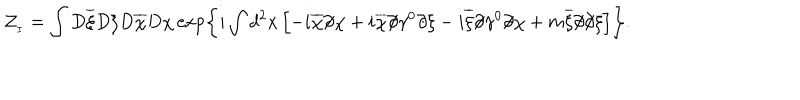
{ \cal Z } _ { _ I } = \int D \overline { { { \xi } } } D \xi D \overline { { { \chi } } } D \chi \exp \left\{ i \int d ^ { 2 } x \left[ - i \overline { { { \chi } } } \partial \! \! \! / \chi + i \overline { { { \chi } } } \partial \! \! \! / \gamma ^ { 0 } \partial \! \! \! / \xi - i \overline { { { \xi } } } \partial \! \! \! / \gamma ^ { 0 } \partial \! \! \! / \chi + m \overline { { { \xi } } } \partial \! \! \! / \partial \! \! \! / \xi \right] \right\} .